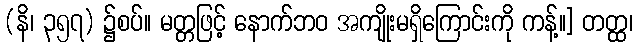
(နိ၊ ၃၅၇) ၌စပ်။ မတ္တဖြင့် နောက်ဘဝ အကျိုးမရှိကြောင်းကို ကန့်။] တတ္ထ၊